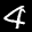
Label: 4